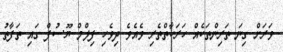
ވަރަށް ގިނަ ތަރިންތަކެއް ހަރަކާތްތެރި ވެއެވެ ދިވެހި ފިލްމް ޔޫސުފް ގައި ތަފާތު